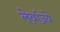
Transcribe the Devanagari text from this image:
लेवॉज़्ये